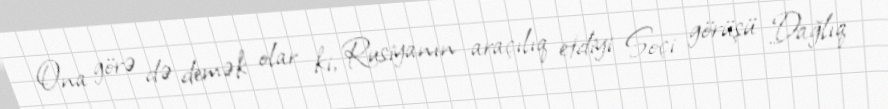
Ona görə də demək olar ki, Rusiyanın araçılıq etdiyi Soçi görüşü Dağlıq